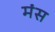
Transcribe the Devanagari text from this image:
मंस